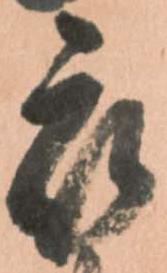
被